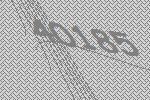
40185